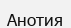
Анотия